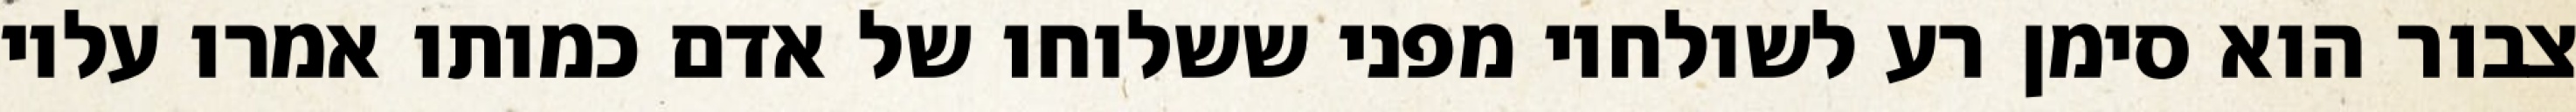
צבור הוא סימן רע לשולחיו מפני ששלוחו של אדם כמותו אמרו עליו